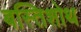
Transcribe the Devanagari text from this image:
बस्तिशोथ